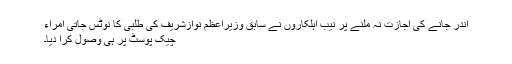
اندر جانے کی اجازت نہ ملنے پر نیب اہلکاروں نے سابق وزیراعظم نوازشریف کی طلبی کا نوٹس جاتی امراء
چیک پوسٹ پر ہی وصول کرا دیا۔